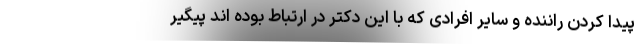
پیدا کردن راننده و سایر افرادی که با این دکتر در ارتباط بوده اند پیگیر